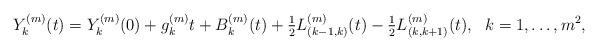
LaTeX: \begin{align*}Y_k^{(m)}(t) = Y^{(m)}_k(0) + g_k^{(m)}t + B^{(m)}_k(t) + \tfrac12L_{(k-1, k)}^{(m)}(t) - \tfrac12L_{(k, k+1)}^{(m)}(t),\ \ k = 1, \ldots, m^2,\end{align*}